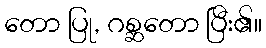
တော ပြု, ဂစ္ဆတော ပြီး၏။